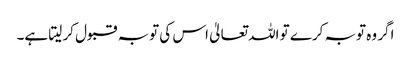
اگر وہ توبہ کرے تو اللہ تعالیٰ اس کی توبہ قبول کر لیتا ہے۔